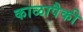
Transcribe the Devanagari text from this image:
काळापैकी